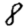
Digit: 8